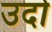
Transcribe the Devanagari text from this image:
उदो